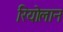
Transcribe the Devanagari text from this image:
रियोलान